Indian journal of veterinary science and animal husbandry - Volume 4,
Year: 1934
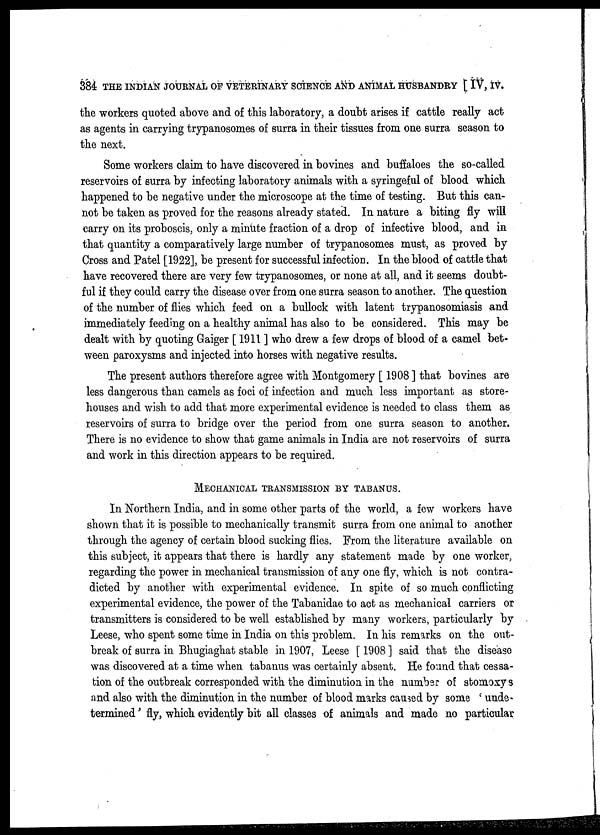
384 THE INDIAN JOURNAL OF VETERINARY SCIENCE AND ANIMAL HUSBANDRY [ IV, IV.
the workers quoted above and of this laboratory, a doubt arises if cattle really act
as agents in carrying trypanosomes of surra in their tissues from one surra season to
the next.
Some workers claim to have discovered in bovines and buffaloes the so-called
reservoirs of surra by infecting laboratory animals with a syringeful of blood which
happened to be negative under the microscope at the time of testing. But this can-
not be taken as proved for the reasons already stated. In nature a biting fly will
carry on its proboscis, only a minute fraction of a drop of infective blood, and in
that quantity a comparatively large number of trypanosomes must, as proved by
Cross and Patel [1922], be present for successful infection. In the blood of cattle that
have recovered there are very few trypanosomes, or none at all, and it seems doubt-
ful if they could carry the disease over from one surra season to another. The question
of the number of flies which feed on a bullock with latent trypanosomiasis and
immediately feeding on a healthy animal has also to be considered. This may be
dealt with by quoting Gaiger [ 1911 ] who drew a few drops of blood of a camel bet-
ween paroxysms and injected into horses with negative results.
The present authors therefore agree with Montgomery [ 1908 ] that bovines are
less dangerous than camels as foci of infection and much less important as store-
houses and wish to add that more experimental evidence is needed to class them as
reservoirs of surra to bridge over the period from one surra season to another.
There is no evidence to show that game animals in India are not reservoirs of surra
and work in this direction appears to be required.
MECHANICAL TRANSMISSION BY TABANUS.
In Northern India, and in some other parts of the world, a few workers have
shown that it is possible to mechanically transmit surra from one animal to another
through the agency of certain blood sucking flies. From the literature available on
this subject, it appears that there is hardly any statement made by one worker,
regarding the power in mechanical transmission of any one fly, which is not contra-
dicted by another with experimental evidence. In spite of so much conflicting
experimental evidence, the power of the Tabanidae to act as mechanical carriers or
transmitters is considered to be well established by many workers, particularly by
Leese, who spent some time in India on this problem. In his remarks on the out-
break of surra in Bhugiaghat stable in 1907, Leese [ 1908 ] said that the disease
was discovered at a time when tabanus was certainly absent. He found that cessa-
tion of the outbreak corresponded with the diminution in the number of stomoxys
and also with the diminution in the number of blood marks caused by some ' unde-
termined ' fly, which evidently bit all classes of animals and made no particular